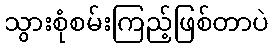
သွားစုံစမ်းကြည့်ဖြစ်တာပဲ